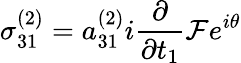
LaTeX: \sigma_{31}^{(2)}=a_{31}^{(2)}i\frac{\partial}{\partial t_{1}}\mathcal{F}e^{i\theta}